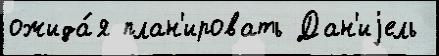
ожида́я план'ировать Дан'иjель